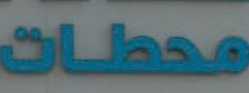
محطات